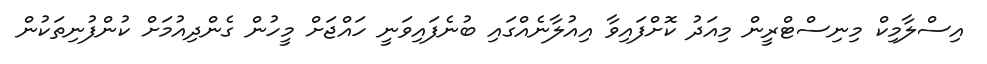
އިސްލާމިކް މިނިސްޓްރީން މިއަދު ކޮށްފައިވާ އިއުލާނެއްގައި ބުނެފައިވަނީ ހައްޖަށް މީހުން ގެންދިއުމަށް ކުންފުނިތަކުން